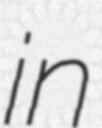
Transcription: in